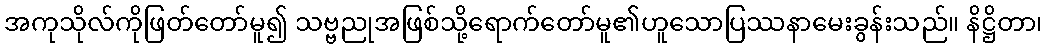
အကုသိုလ်ကိုဖြတ်တော်မူ၍ သဗ္ဗညုအဖြစ်သို့ရောက်တော်မူ၏ဟူသောပြဿနာမေးခွန်းသည်။ နိဋ္ဌိတာ၊